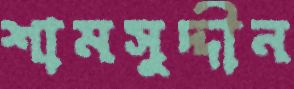
শামসুদ্দীন